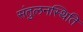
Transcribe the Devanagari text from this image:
संतुलनस्थिति